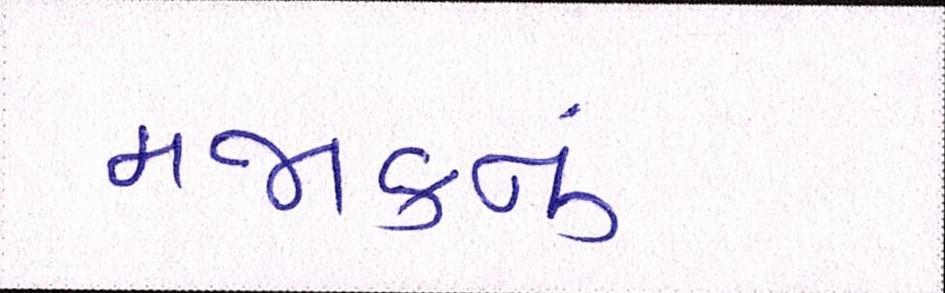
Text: મજાકનું